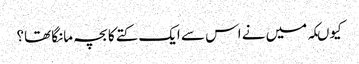
کیوںکہ میں نے اس سے ایک کتے کا بچہ مانگا تھا؟